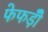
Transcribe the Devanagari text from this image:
फेफड़ोँ